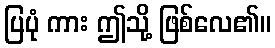
ပြပုံ ကား ဤသို့ ဖြစ်လေ၏။